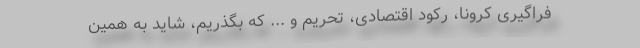
فراگیریِ کرونا، رکود اقتصادی، تحریم و ... که بگذریم، شاید به همین